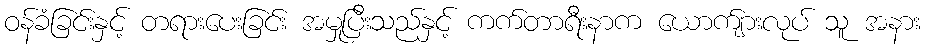
ဝန်ခံခြင်းနှင့် တရားပေးခြင်း အမှုပြီးသည်နှင့် ကက်တာရီးနာက ယောက်ျားလုပ် သူ အနား